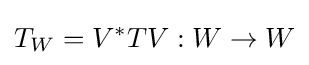
T_{W}=V^{*}TV:W\rightarrow W